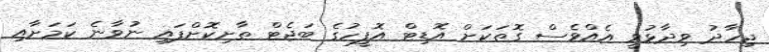
ޖިހާދު ވިދާޅުވީ އެއްވެސް ގޮތަކަށް އޮޑިޓް އޮފީހުގެ ބަޖެޓް ތާށިކޮށްފައި ނުވާނެ ކަމަށާއި